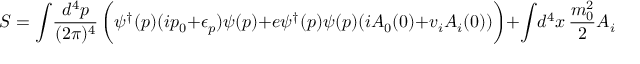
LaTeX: S = \int \! { \frac { d ^ { 4 } p } { ( 2 \pi ) ^ { 4 } } } \, \biggl ( \psi ^ { \dagger } ( p ) ( i p _ { 0 } + \epsilon _ { p } ) \psi ( p ) + e \psi ^ { \dagger } ( p ) \psi ( p ) ( i A _ { 0 } ( 0 ) + v _ { i } A _ { i } ( 0 ) ) \biggr ) + \int \! d ^ { 4 } x \, { \frac { m _ { 0 } ^ { 2 } } { 2 } } A _ { i } A _ { i }